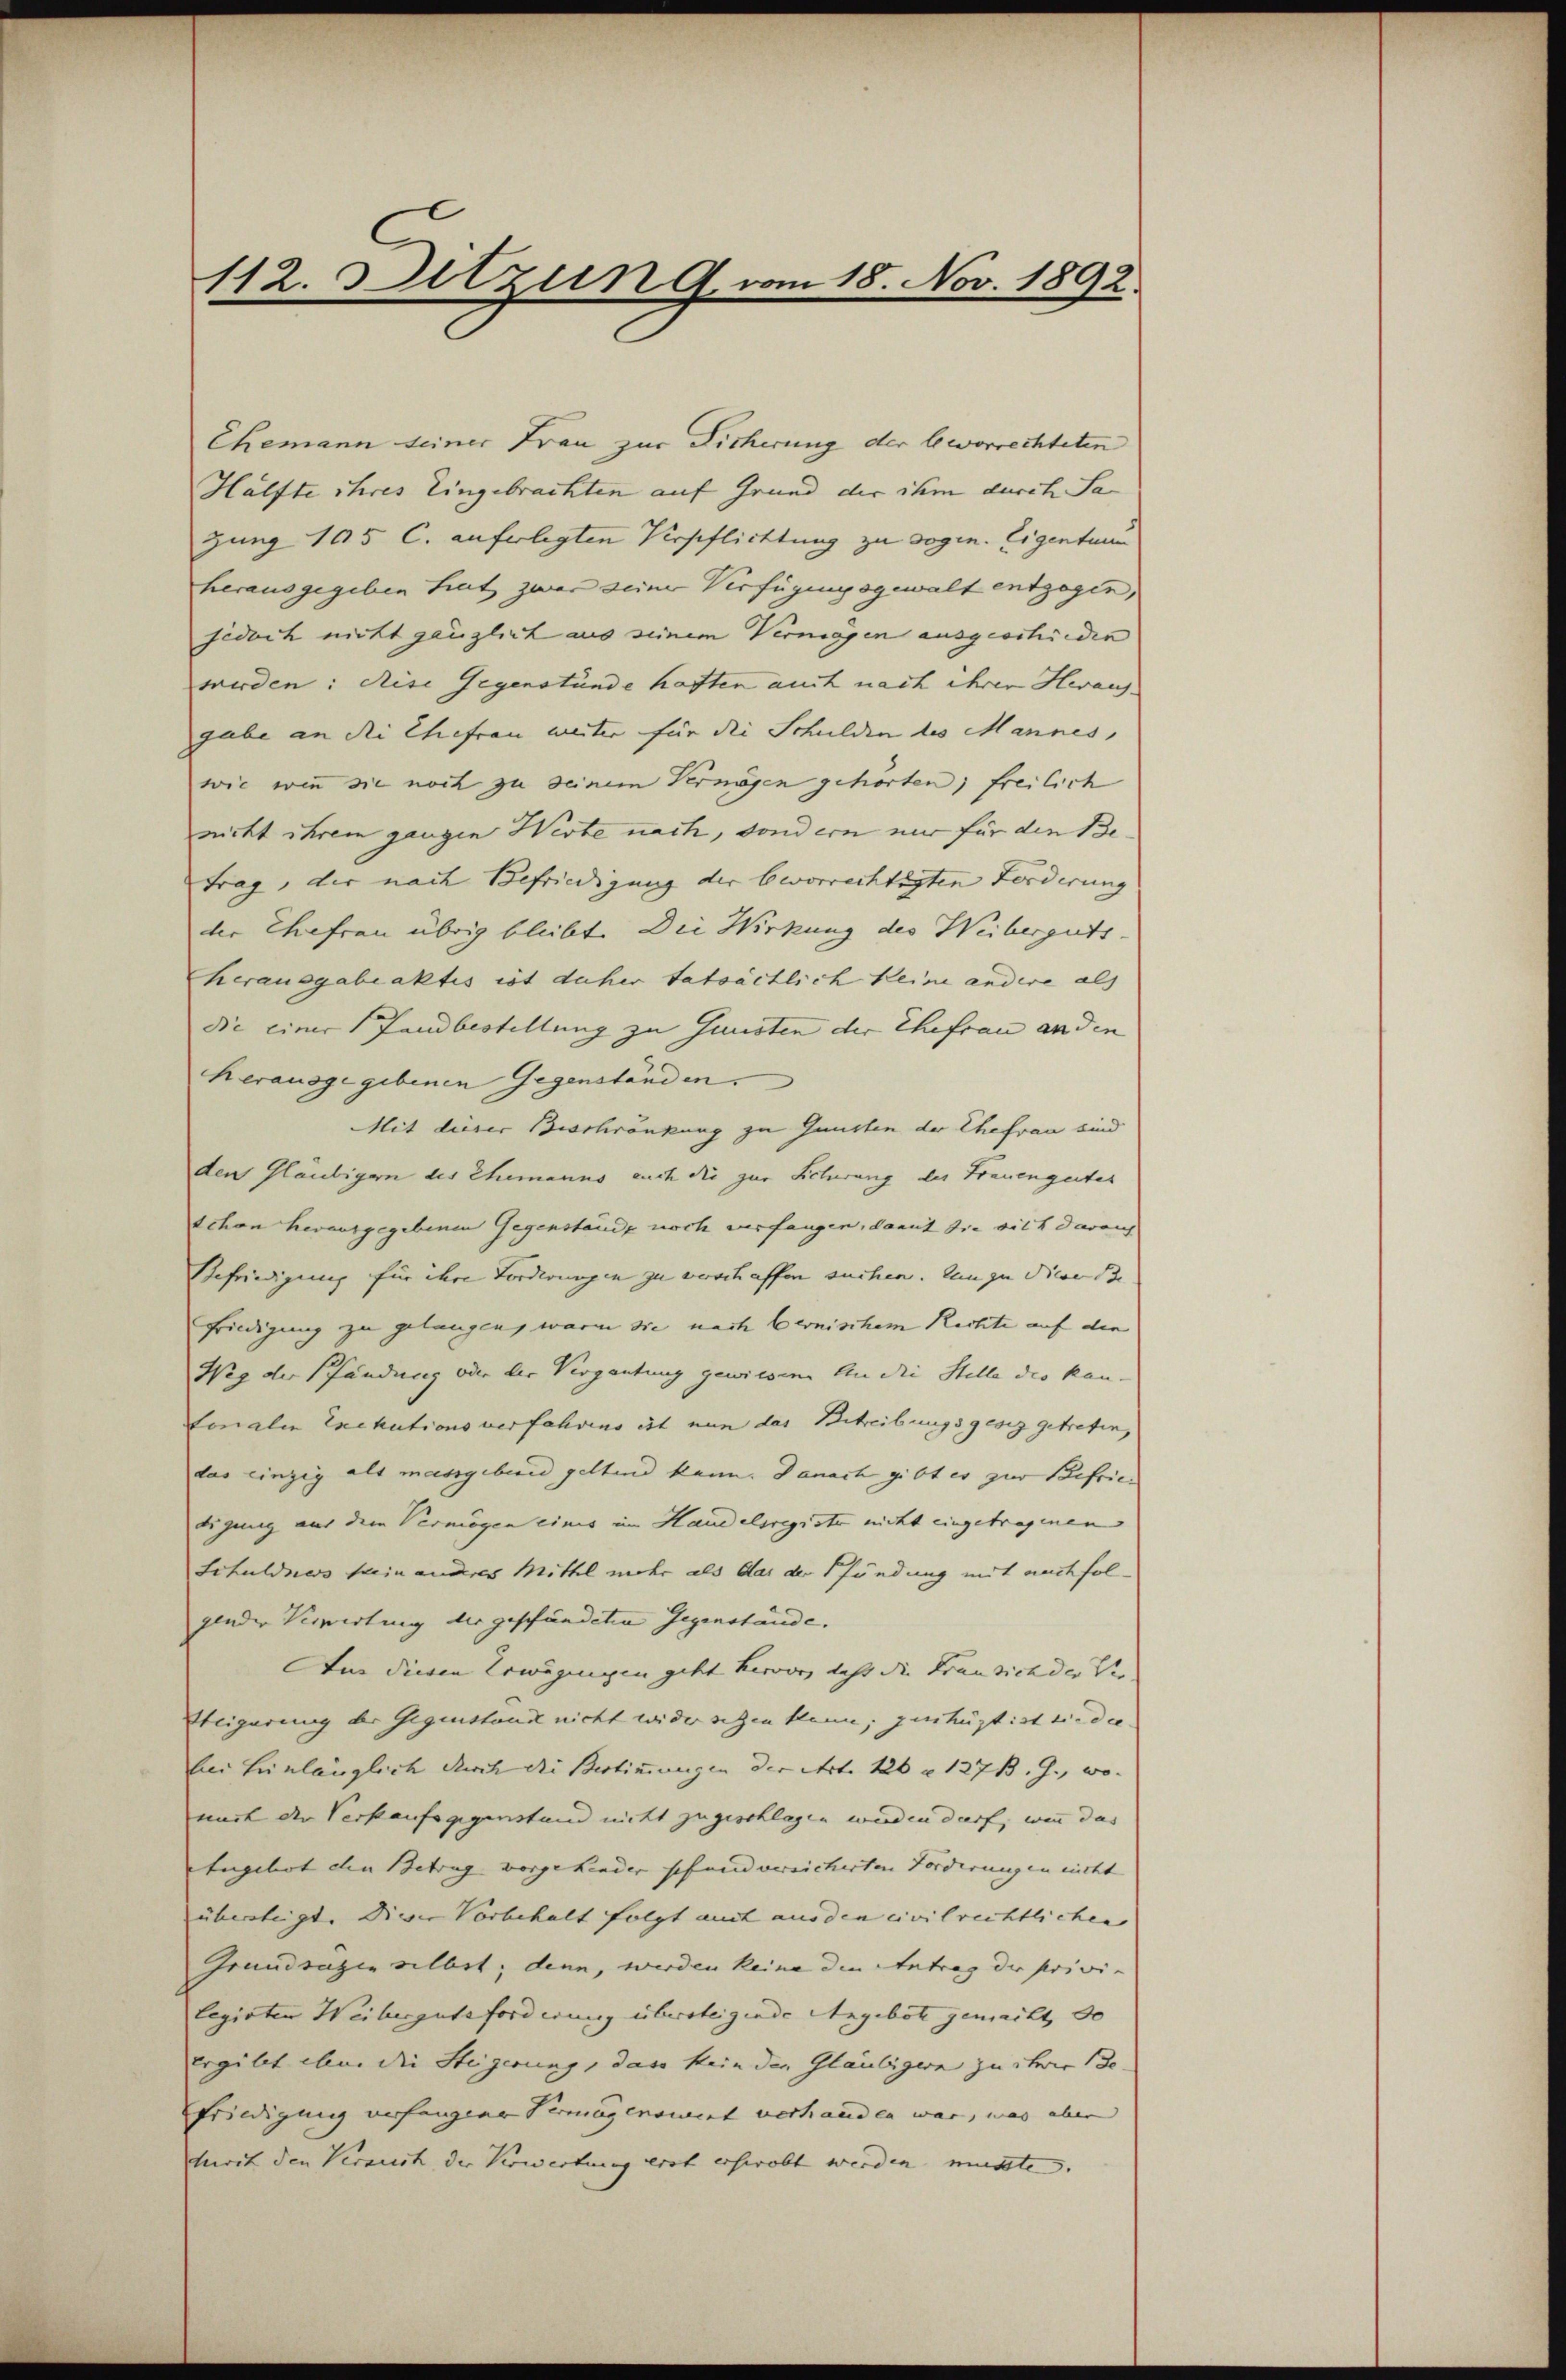
112. Ditzung vom 18. Nov. 1892.

Ehemann seiner Frau zur Dicherung der beworrechteten
Hälfte ihres Eingebrachten auf Grund der ihm durch Sa
gung 105 l. auferlegten Verpflichtung zu sogen. Eigentum
herausgegeben hat zwar seiner Verfügungsgewalt entzogen,
jedoch nicht gänzlich aus seinem Vermögen ausgeschieden
werden: diese Gegenstünde haften auch nach ihrer Heraus-
gabe an die Ehefrau weiter für die Schulden des Mannes,
wie wenn sie noch zu seinem Vermögen gehörten; freilich
nicht ihrem ganzen Wirte nach, sondern nur für die Be-
trag, der nach Befriedigung der bevorrechtigten Forderung
der Ehefrau übrig bleibt. Die Wirkung des Weiberguts-
herausgabeaktis ist daher tatsächlich keine andere als
die einer Landbestellung zu Juristen der Ehefrau an den
herausgegebenen Gegenständen.
Mit dieser Beschränkung zu Gunsten der Ehefrau sind
den Gläubigen des Ehemanns auch die zur Sicherung des Frauengestes
schon herausgegebenen Gegenstände noch verfangen, damit sie sich darauf
Befriedigung für ihre Forderungen zu verschaffen suchen. Um zu dieser Be- |
friedigung zu gelangen, waren die nach bernischem Rechte auf die
Weg der Pfändung oder der Vergantung gewiesen. An die Stelle des kan-
forialen Exekutions verfahreng ist nun das Betreibungsgesez getreten,
das einzig als massgebend geltend kann. Danach gibt es zur Befriedigung aus dem Vermögen eines im Handelsregister nicht eingetragenen
Schuldners sein anderes Mithel mehr als das der Pfändung mit nachfolgender Verwertung der geschändeten Gegenstände. |
An diesen Erwägungen geht hervor, dacht die Frau sich der Ver- |
Steigerung der Gegenstande nicht wider setzen kann, getrügt ist die die
bei hinlänglich durch die Bestimmungen der Art. 126 u. 127 B. G., wo- |
nach der Verkaufsgegenstand nicht zugeschlagen werden darf, wenn das
Engebot den Betrug vorgehender schend versicherten Forderungen nicht |
übersteigt. Dieser Vorbehalt folgt auch aus den civilrechtlichen
Grandsatzen selbst; denn, werden keine den Antrag der privi-
legirten Weibergutsforderung übersteigende Angebote gemacht, do
ergibt aber die Steigerung, das kein den Gläubigern zu ihre de
friedigung verfangene Vermögensment verhanden war, was aber
luerit den Versuch der Verwertung erst erholt werden müsste.